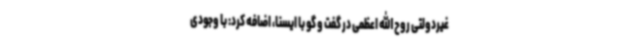
غیردولتی روح الله اعظمی در گفت و گو با ایسنا، اضافه کرد: با وجودی